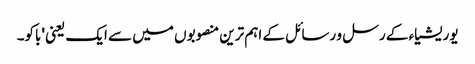
یوریشیاء کے رسل و رسائل کے اہم ترین منصوبوں میں سے ایک یعنی 'باکو۔